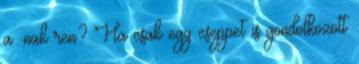
a: nak ren? Ha csak egy cseppet is gondolkozott